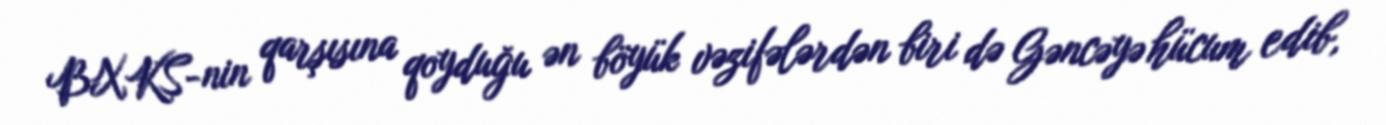
BXKS-nin qarşısına qoyduğu ən böyük vəzifələrdən biri də Gəncəyə hücum edib,